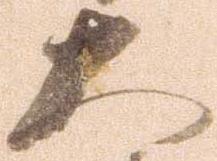
大